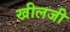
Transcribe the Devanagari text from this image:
खीलजी